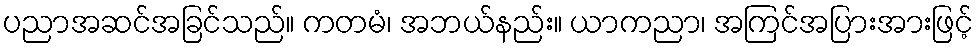
ပညာအဆင်အခြင်သည်။ ကတမံ၊ အဘယ်နည်း။ ယာကညာ၊ အကြင်အပြားအားဖြင့်